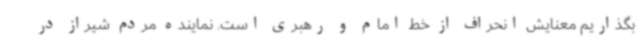
بگذاریم معنایش انحراف از خط امام و رهبری است. نماینده مردم شیراز در